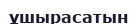
ұшырасатын